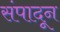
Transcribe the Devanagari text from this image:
संपादून